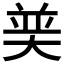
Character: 𮰶